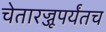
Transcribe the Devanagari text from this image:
चेतारज्जूपर्यंतच